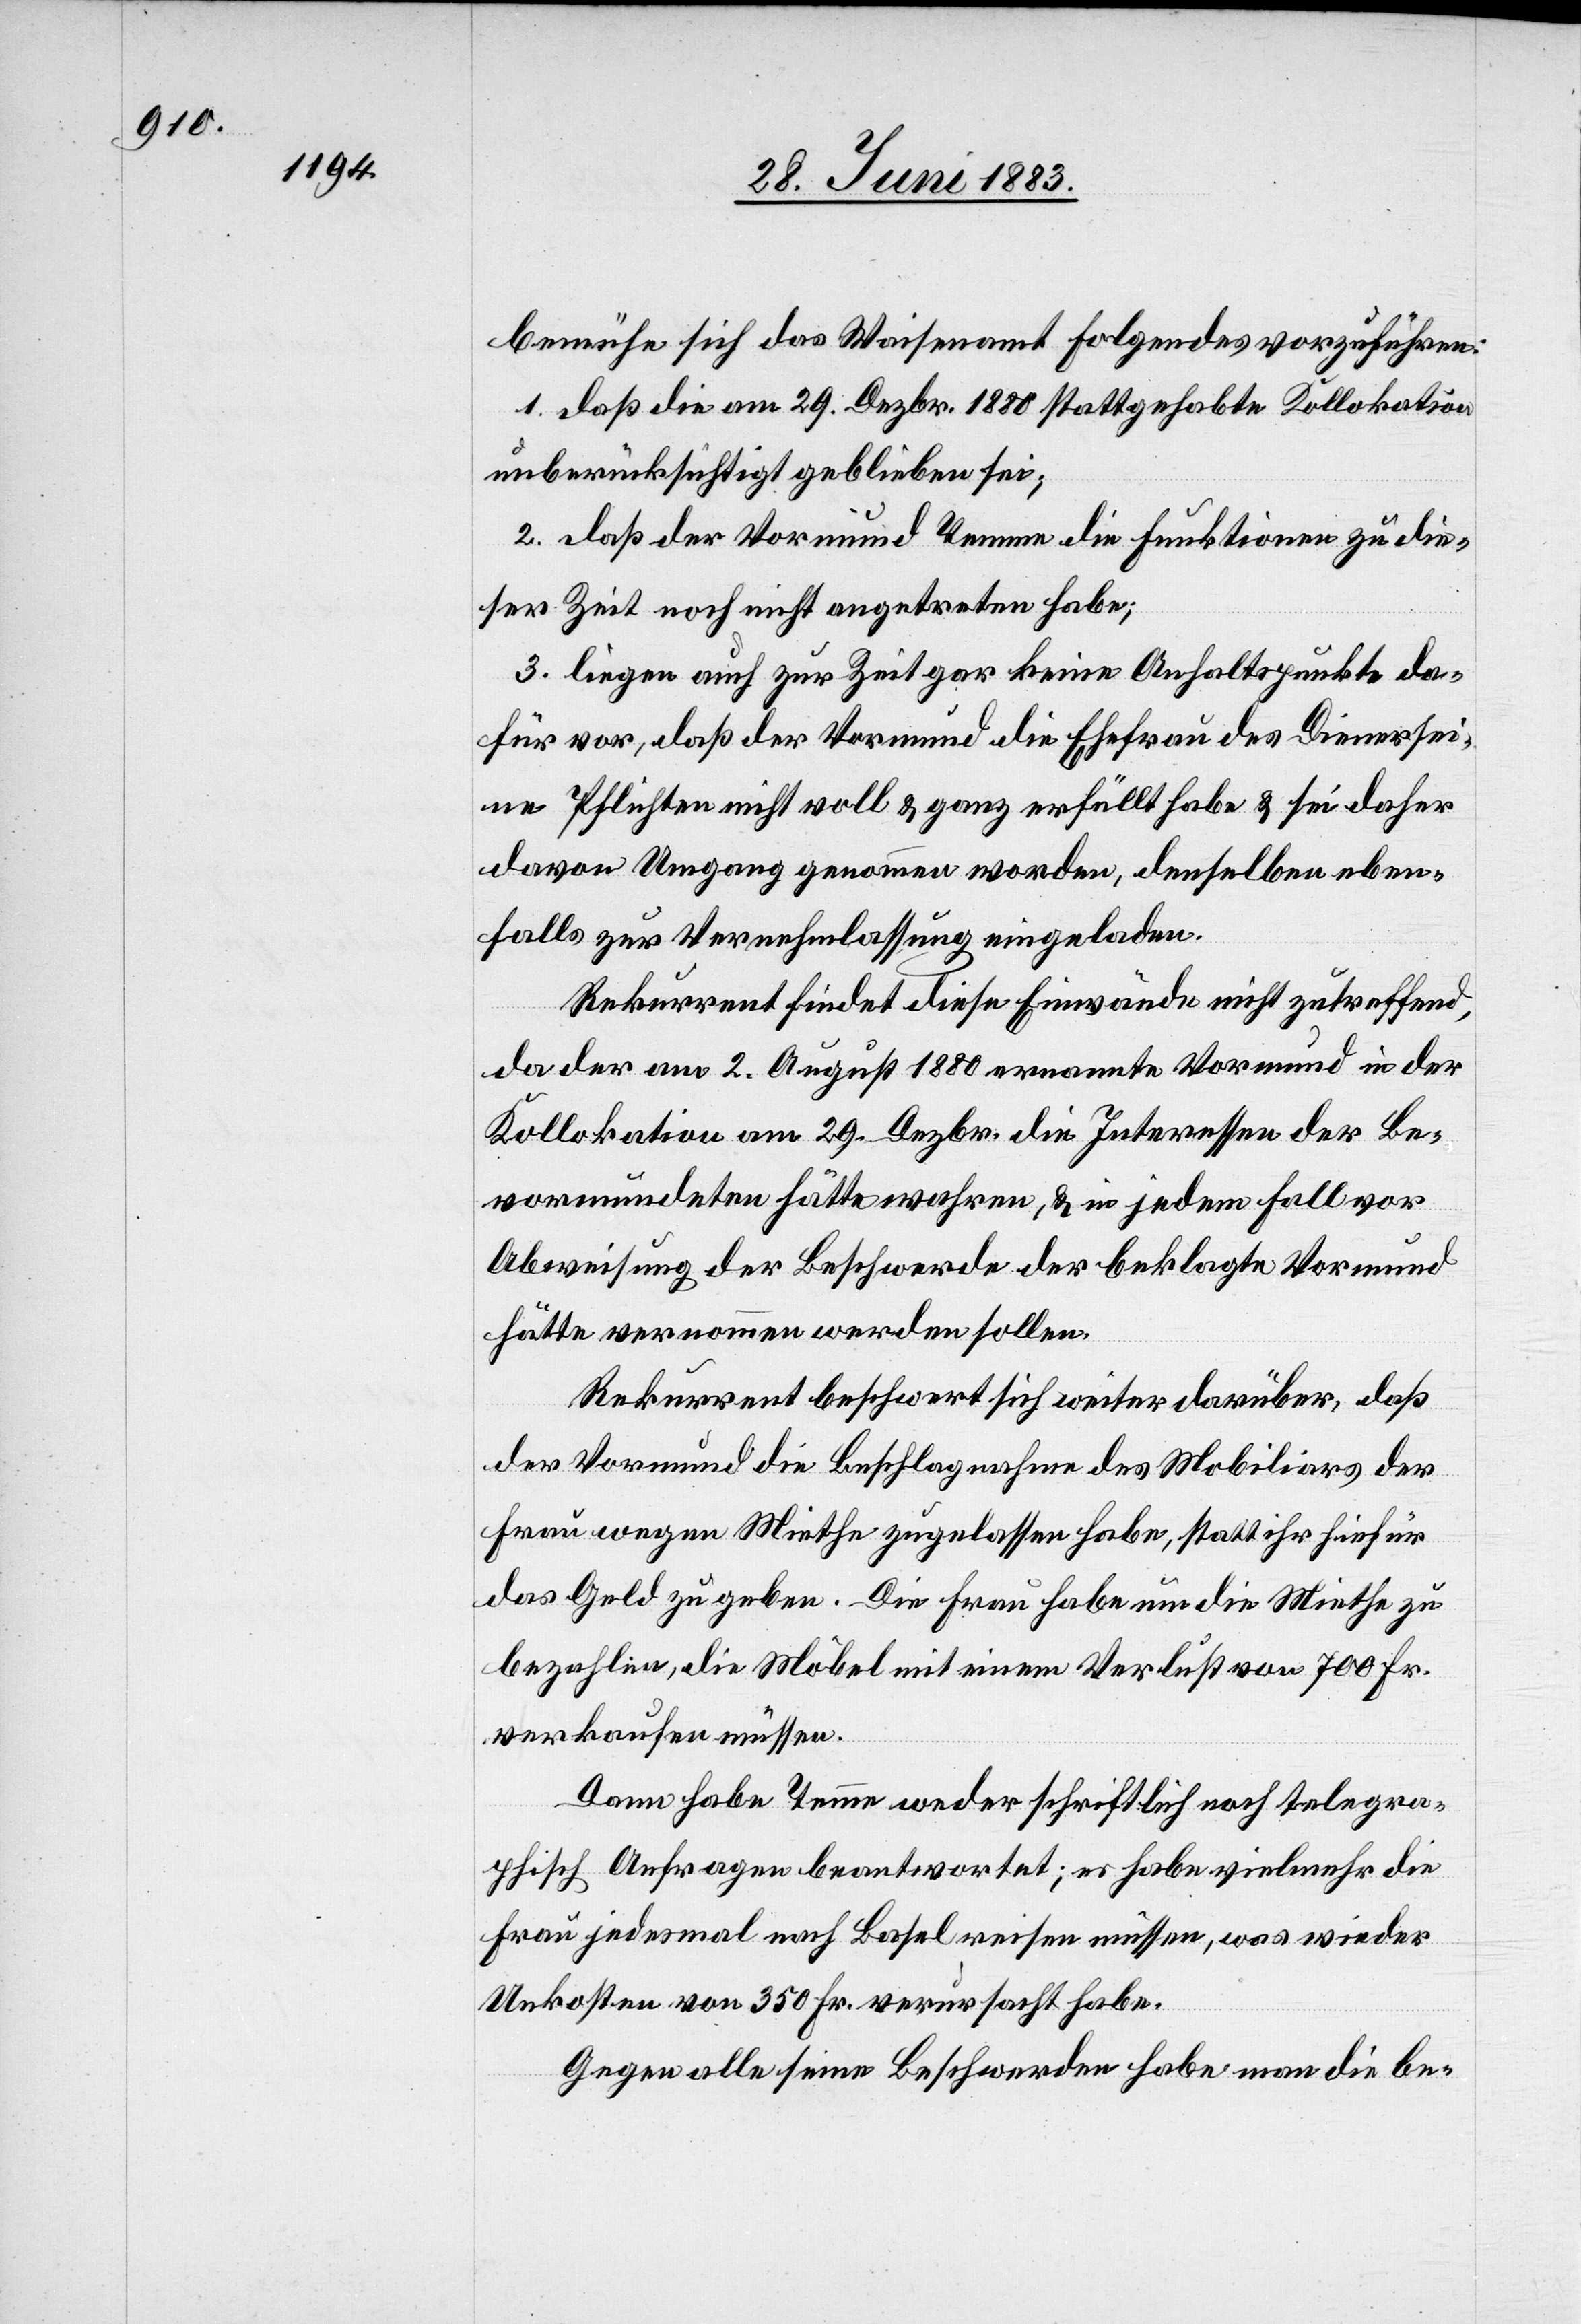
bemühe sich das Waisenamt Folgendes vorzuführen:
1. daß die am 29. Dezbr. 1880 stattgehabte Kollokation
unberücksichtigt geblieben sei;
2. daß der Vormund Temme die Funktionen zu die¬
ser Zeit noch nicht angetreten habe;
3. liegen auch zur Zeit gar keine Anhaltspunkte da¬
für vor, daß der Vormund die Ehefrau des Diener sei¬
ne Pflichten nicht voll & ganz erfüllt habe & sei daher
davon Umgang genommen worden, denselben eben¬
falls zur Vernehmlassung eingeladen.
Rekurrent findet diese Einwände nicht zutreffend,
da der am 2. August 1880 ernannte Vormund in der
Kollokation am 29. Dezbr. die Interessen der Be¬
vormundeten hätte wahren, & in jedem Fall vor
Abweisung der Beschwerde der beklagte Vormund
hätte vernommen werden sollen.
Rekurrent beschwert sich weiter darüber, daß
der Vormund die Beschlagnahme des Mobiliars der
Frau wegen Miethe zugelassen habe, statt ihr hiefür
das Geld zu geben. Die Frau habe nun die Miethe zu
bezahlen, die Möbel mit einem Verlust von 700 Fr.
verkaufen müssen.
Dann habe Temme weder schriftlich noch telegra¬
phisch Anfragen beantwortet; er habe vielmehr die
Frau jedesmal nach Basel reisen müssen, was wieder
Unkosten von 350 Fr. verursacht habe.
Gegen alle seine Beschwerden habe man die be-